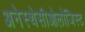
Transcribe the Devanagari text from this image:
अनेस्थेसीओलोजिस्ट